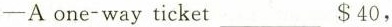
-A one-way ticket___$40,